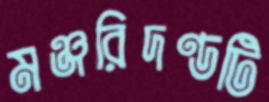
মঞ্জরিদণ্ডটি